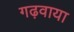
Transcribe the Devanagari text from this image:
गढ़वाया